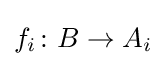
f_{i}\colon B\to A_{i}